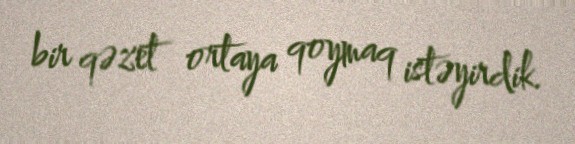
bir qəzet ortaya qoymaq istəyirdik.